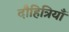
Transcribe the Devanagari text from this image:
दौहित्रियाँ